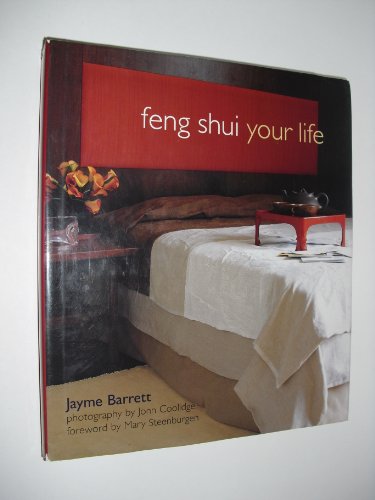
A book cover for Feng Shui Your Life; Jayme Barrett; Religion & Spirituality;